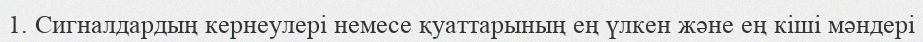
1. Сигналдардың кернеулері немесе қуаттарының ең үлкен және ең кіші мәндері